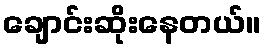
ချောင်းဆိုးနေတယ်။